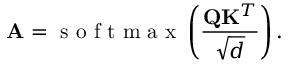
\mathbf { A } = \mathrm { ~ s ~ o ~ f ~ t ~ m ~ a ~ x ~ } \left( \frac { \mathbf { Q } \mathbf { K } ^ { T } } { \sqrt { d } } \right) .